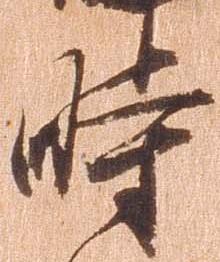
時